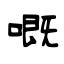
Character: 嘅